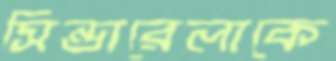
সিন্ডারেলাকে